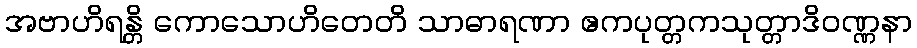
အဗာဟိရန္တိ ကောသောဟိတေတိ သာဓာရဏာ ဧကပုတ္တကသုတ္တာဒိဝဏ္ဏနာ